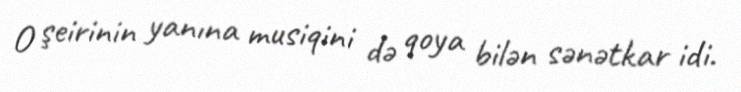
O şeirinin yanına musiqini də qoya bilən sənətkar idi.